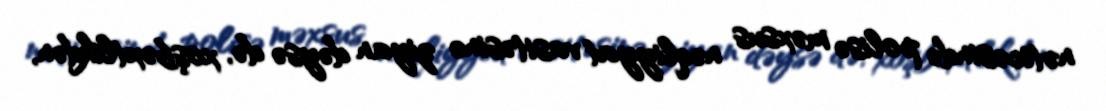
nəticəsində polisə məxsus nəqliyyat vasitəsinə ziyan dəysə də, xoşbəxtlikdən,